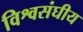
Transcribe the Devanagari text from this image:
विश्वसंघीय